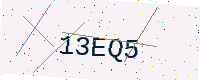
Text: 13EQ5